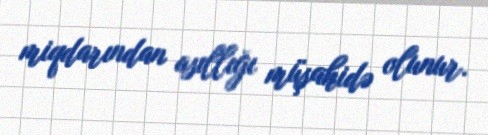
miqdarından asıllığı müşahidə olunur.